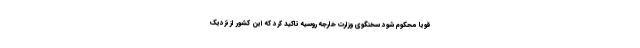
قویا محکوم شود سخنگوی وزارت خارجه روسیه تاکید کرد که این کشور از نزدیک